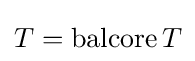
T=\operatorname {balcore} T